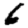
Digit: 6